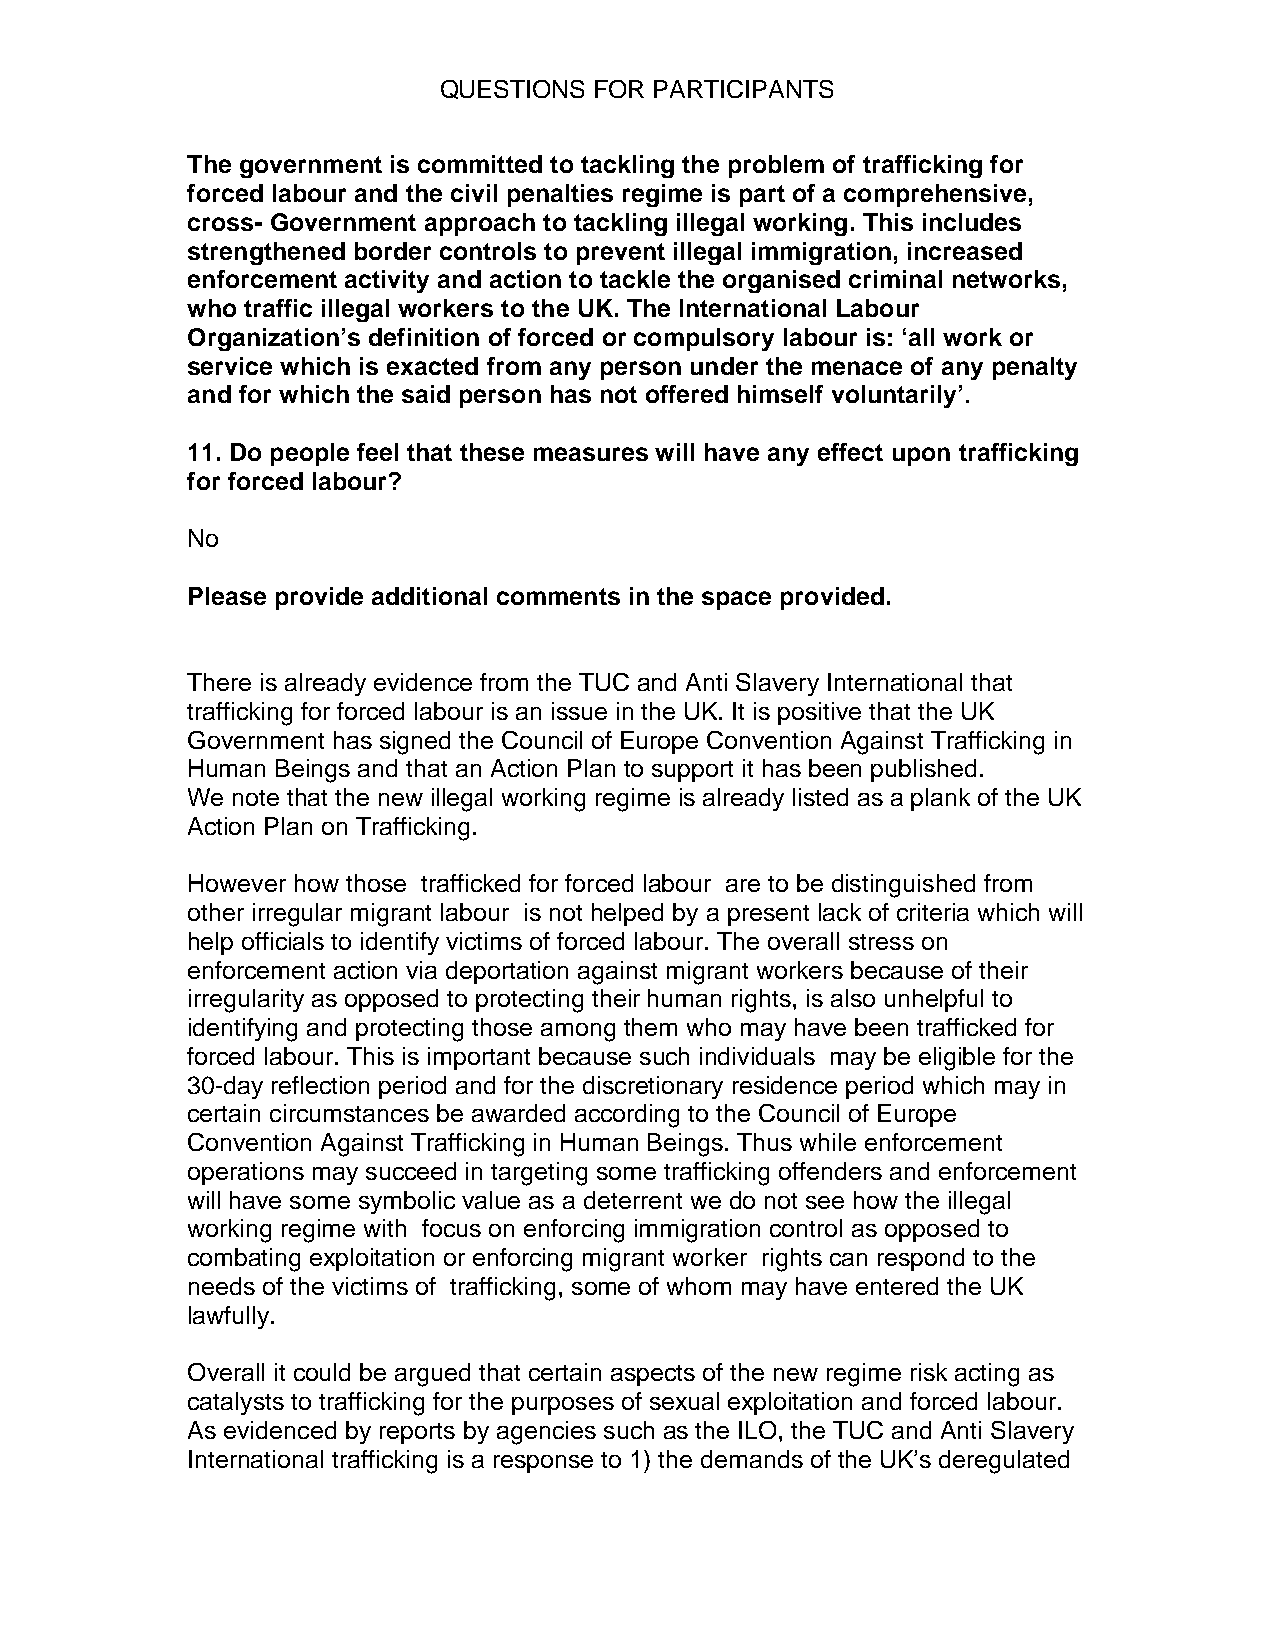
QUESTIONS FOR PARTICIPANTS
 The government is committed to tackling the problem of trafficking for
 forced labour and the civil penalties regime is part of a comprehensive,
 cross- Government approach to tackling illegal working. This includes
 strengthened border controls to prevent illegal immigration, increased
 enforcement activity and action to tackle the organised criminal networks,
 who traffic illegal workers to the UK. The International Labour
 Organization’s definition of forced or compulsory labour is: ‘all work or
 service which is exacted from any person under the menace of any penalty
 and for which the said person has not offered himself voluntarily’.
 11. Do people feel that these measures will have any effect upon trafficking
 for forced labour?
 No
 Please provide additional comments in the space provided.
 There is already evidence from the TUC and Anti Slavery International that
 trafficking for forced labour is an issue in the UK. It is positive that the UK
 Government has signed the Council of Europe Convention Against Trafficking in
 Human Beings and that an Action Plan to support it has been published.
 We note that the new illegal working regime is already listed as a plank of the UK
 Action Plan on Trafficking.
 However how those trafficked for forced labour are to be distinguished from
 other irregular migrant labour is not helped by a present lack of criteria which will
 help officials to identify victims of forced labour. The overall stress on
 enforcement action via deportation against migrant workers because of their
 irregularity as opposed to protecting their human rights, is also unhelpful to
 identifying and protecting those among them who may have been trafficked for
 forced labour. This is important because such individuals may be eligible for the
 30-day reflection period and for the discretionary residence period which may in
 certain circumstances be awarded according to the Council of Europe
 Convention Against Trafficking in Human Beings. Thus while enforcement
 operations may succeed in targeting some trafficking offenders and enforcement
 will have some symbolic value as a deterrent we do not see how the illegal
 working regime with focus on enforcing immigration control as opposed to
 combating exploitation or enforcing migrant worker rights can respond to the
 needs of the victims of trafficking, some of whom may have entered the UK
 lawfully.
 Overall it could be argued that certain aspects of the new regime risk acting as
 catalysts to trafficking for the purposes of sexual exploitation and forced labour.
 As evidenced by reports by agencies such as the ILO, the TUC and Anti Slavery
 International trafficking is a response to 1) the demands of the UK’s deregulated